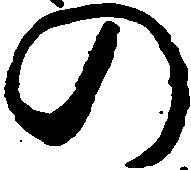
の